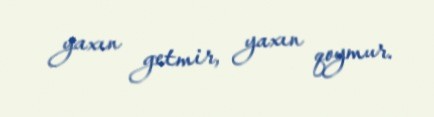
yaxın getmir, yaxın qoymur.